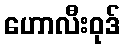
ဟောလီးဝုဒ်